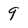
Character: 9